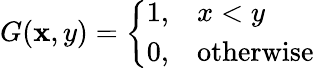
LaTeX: G(\mathbf{x},y)={\left\{ \begin{array}{ll}{1,}&{x<y}\\ {0,}&{{\mathrm{otherwise}}}\end{array}\right.}